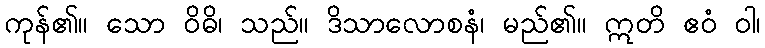
ကုန်၏။ သော ဝိဓိ၊ သည်။ ဒိသာလောစနံ၊ မည်၏။ ဣတိ ဧဝံ ဝါ၊